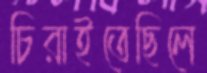
চিরাইতেছিলে